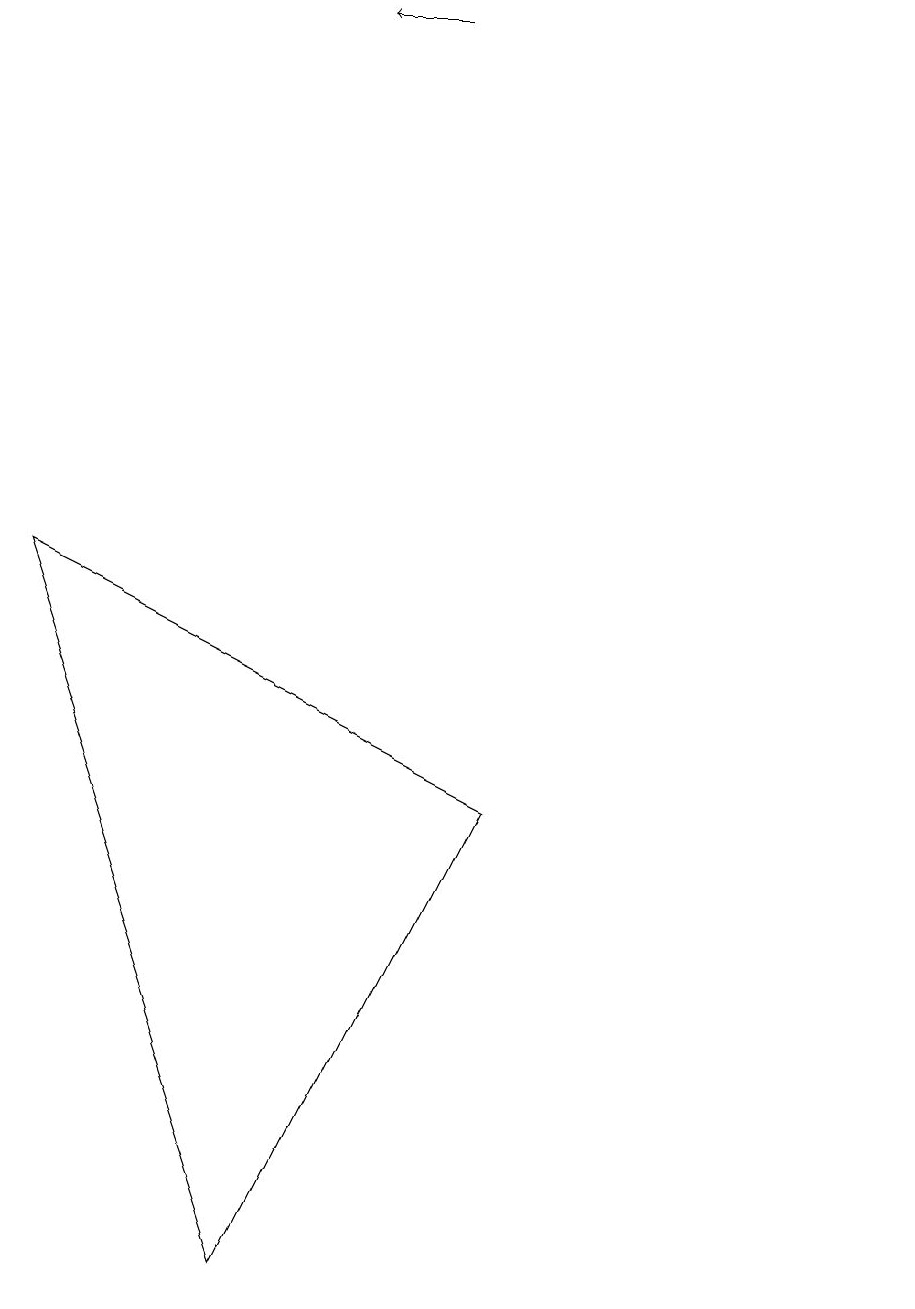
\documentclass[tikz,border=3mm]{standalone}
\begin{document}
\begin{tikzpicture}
\draw (12,11) circle (0);
\draw (1,9) -- (7,6) -- (4,0) -- cycle;
\draw[->] (6,16) -- (5,16);
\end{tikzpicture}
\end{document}